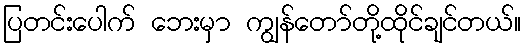
ပြတင်းပေါက် ဘေးမှာ ကျွန်တော်တို့ထိုင်ချင်တယ်။